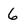
Character: 6